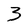
Character: 3